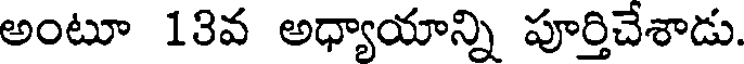
అంటూ 13వ అధ్యాయాన్ని పూర్తిచేశాడు.